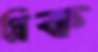
প্লিক